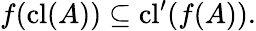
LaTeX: f(\mathrm{cl}(A))\subseteq\mathrm{cl}^{\prime}(f(A)).